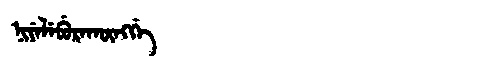
Manchu: ᠨᡳᠶᡝᠯᡝᠪᡠᡵᠠᡴᡡᠩᡤᡝ
Romanization: NIYELEBURAKŪNGGE